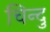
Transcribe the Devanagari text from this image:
चिन्दु